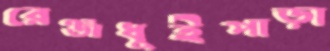
রেঞ্জধুইপাড়া